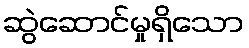
ဆွဲဆောင်မှုရှိသော